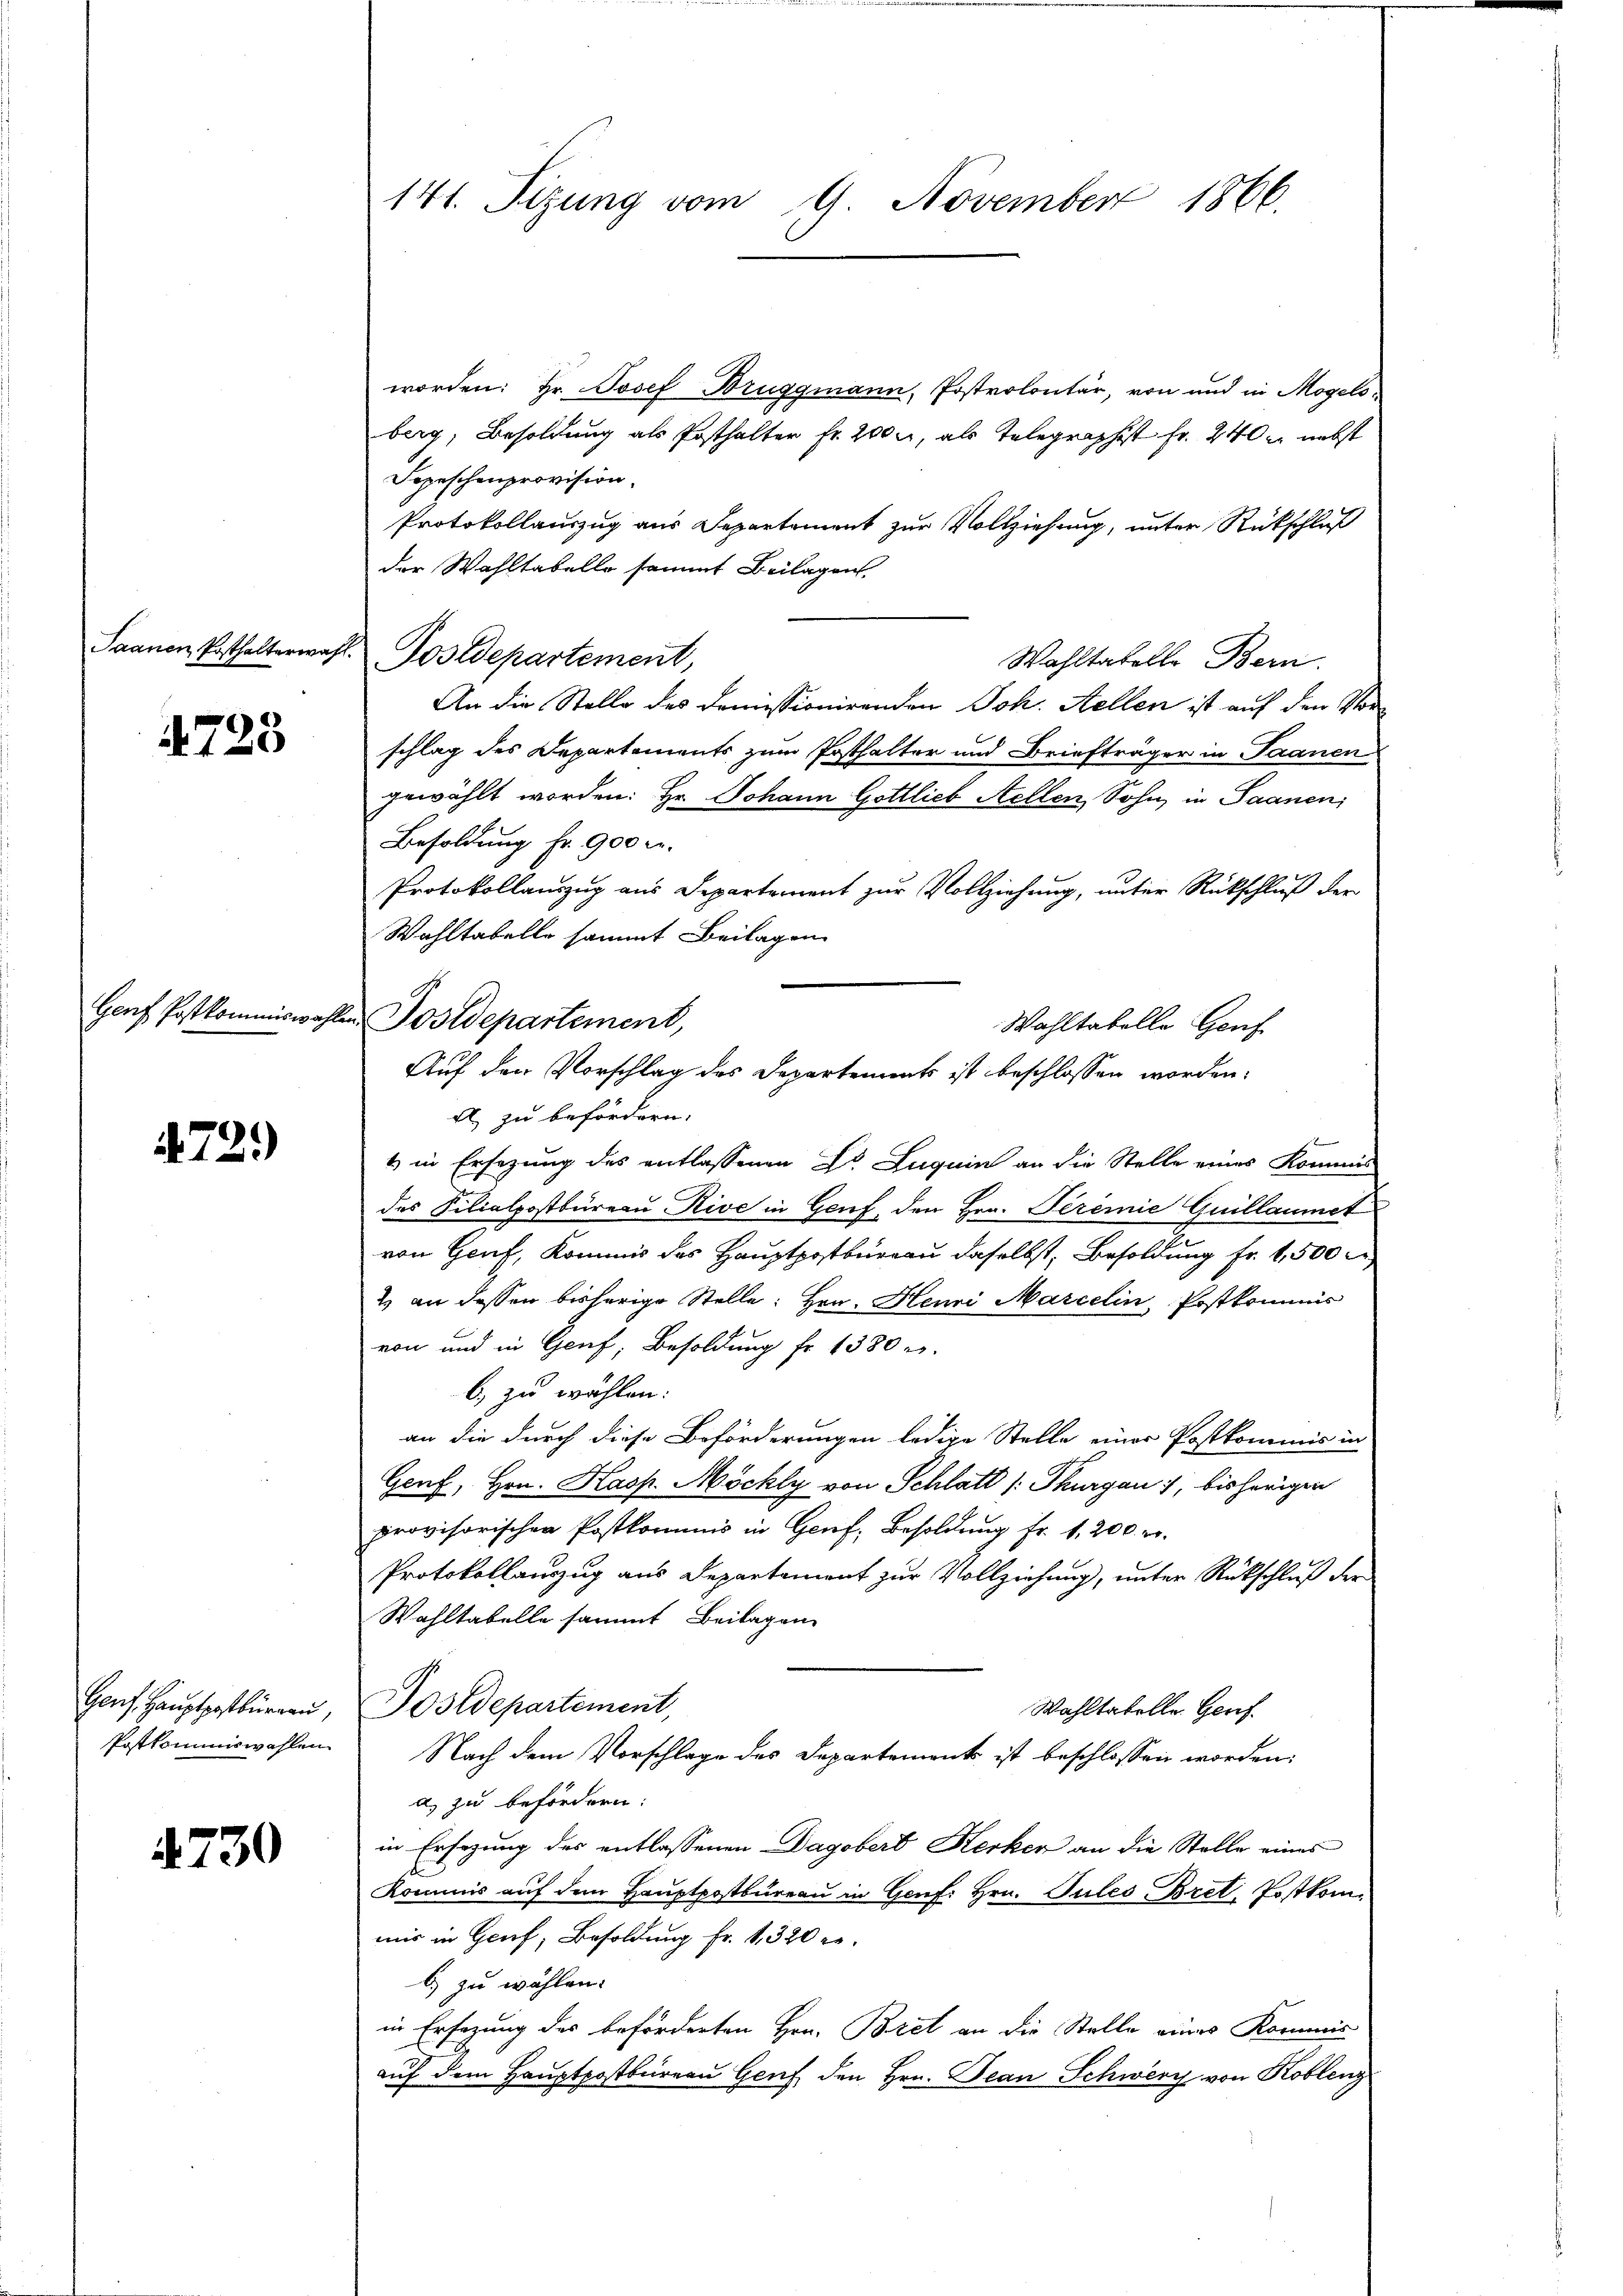
4728

4729

Genf. Hauptpofburgau,
Postkommiswahlen

4730

141. Sizung vom 9. November 1866.

Saanen Posthalterwahl Postdepartement,

worden: Hr. Josef Bruggmann, Postrolontär, von und in Mogels
berg, Besoldung als Posthalten fr. 2000, als Telegraphist Fr. 240 er nebst
Sopeschenprovision.
Protokollauszug aus Departement zur Vollziehung, unter Rückschluß
der Wahltabelle sammt Beilagen
Wahltatelle Bern.
An die Stelle des Domissionirenden Joh. Stellen ist auf den Vorschlag des Departements zum Posthalter und Briefträger in Saanen
gewählt worden: Hr. Johann Gottlieb Stellen Sohn, in Saanen,
Besoldung Fr. 900 c.
Protokollauszug aus Departement zur Vollziehung, unter Rückschluß der
Wahltabelle sammt Beilagen
A. zu befördern.
1 in Ersezung des entlassenen Dr. Luguin an die Stelle eines Kommis
des Silialpostbüreau Rive in Genf, den Hrn. Feremie Guillaumet
von Genf, Kommis des Hauptpostbureau daselbst, Besoldung Fr. 1,500 r
2) an dessen bisherige Stelle: Hrn. Henri Marcelin, Postkommis
von und in Genf, Besoldung fr. 1380 r.
b, zu wählen.
an die durch diese Beförderungen ledige Stelle einer Postkommis in
Genf, Hrn. Hasp. Möchly von Schlatt /: Thurgau, bisherigen
provisorischen Postkommnis in Genf, Besoldung fr. 1, 200. r.
Protokollauszug aus Departement zur Vollziehung, unter Rückschluß der
Wahltabelle sammt Beilagen
Postdepartement,
Wahltabelle Genf.
Nach dem Vorschlage des Departements ist beschlossen worden,
a) zu befördern:
in Ersezung des entlassenen Dagobert Kerken an die Stelle eines
Kommis auf dem Hauptpostbüreau in Genf. Hrn. Pules Bret. Postkommir in Genf, Besoldung Fr. 1, 320 re
b) zu wählen.
in Ersezung des beförderten Hrn. Bret an die Stelle eines Kommis-
auf dem Hauptpostbüreau Genf den Hrn. Jean Schwerz von Koblenz

Genf Postkommiswahlen Postdepartement,
Wahltabelle Genf
Auf den Vorschlag des Departements ist beschlossen worden.